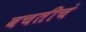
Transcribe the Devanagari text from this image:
बचतीचं